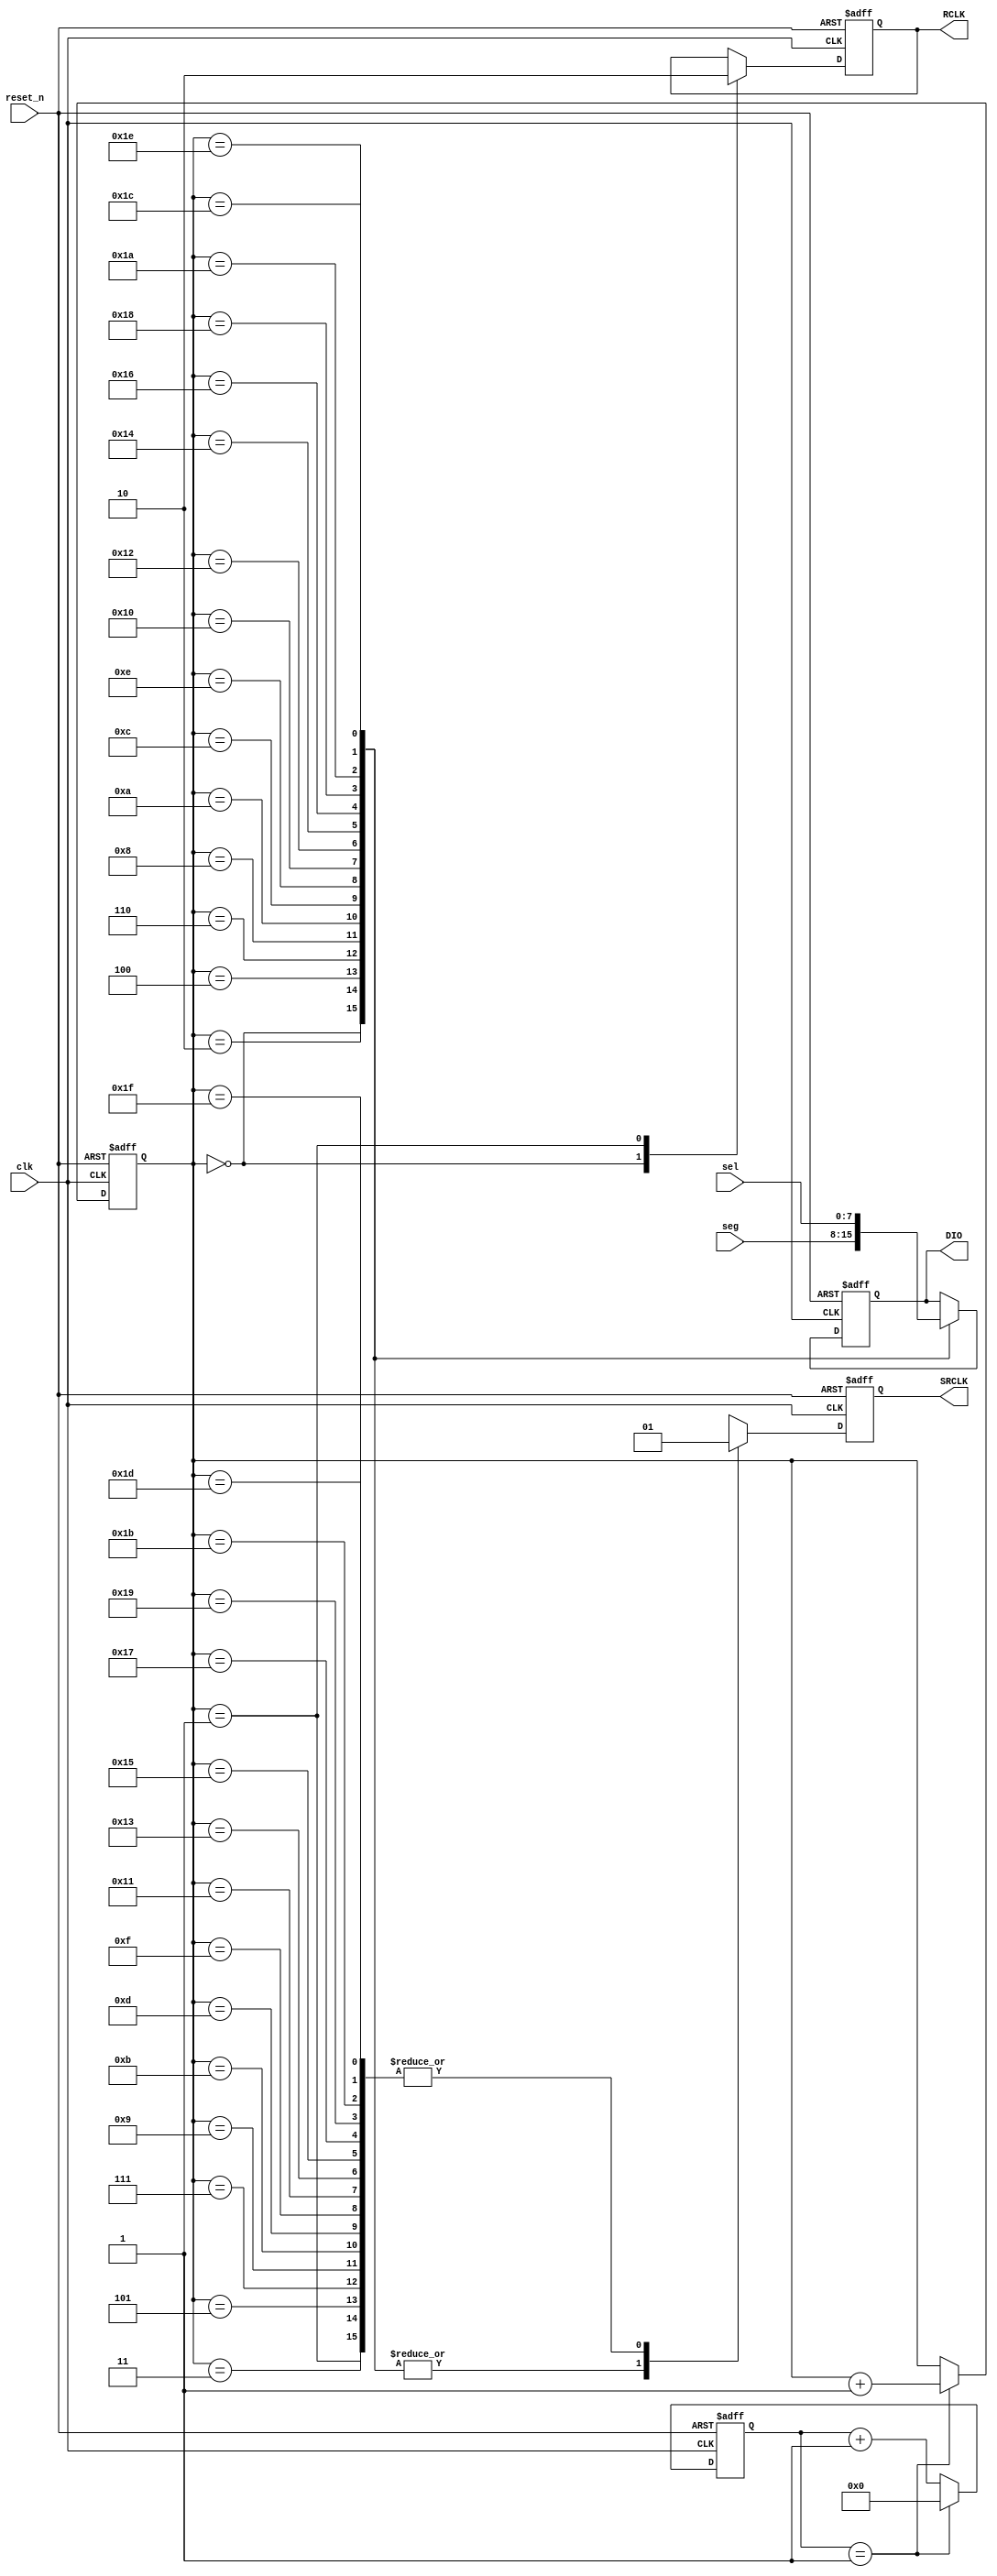
`timescale 1ns / 1ps
//////////////////////////////////////////////////////////////////////////////////
// Company: 
// Engineer: 
// 
// Design Name: 
// Module Name: hc595_driver
// Project Name: 
// Target Devices: 
// Tool Versions: 
// Description: 
// 
// Dependencies: 
// 
// Revision:
// Revision 0.01 - File Created
// Additional Comments:
// 
//////////////////////////////////////////////////////////////////////////////////



// 
//////////////////////////////////////////////////////////////////////////////////
module hc595_driver(
	clk,   
	reset_n,
	seg,
	sel,

	RCLK,
	SRCLK,
	DIO
);

	input clk;
	input reset_n;
	input [7:0] sel;
	input [7:0] seg;
	
	output reg RCLK;
	output reg SRCLK;
	output reg DIO;
	wire reset;
	assign reset=~reset_n;
	
	parameter CLOCK_FREQ = 50_000_000;
	parameter SRCLK_FREQ = 12_500_000;
	parameter MCNT = CLOCK_FREQ/(SRCLK_FREQ * 2 )-1;
	
	reg [29:0] divider_cnt;
	
//	
	always@(posedge clk or posedge reset)
	if(reset)
		divider_cnt <= 30'd0;
	else if(divider_cnt == MCNT)
		divider_cnt <= 30'd0;
	else
		divider_cnt <= divider_cnt + 1'b1;
	
    reg [4:0] cnt;
	always@(posedge clk or posedge reset)
	if(reset)
	   cnt <= 0;
    else if(divider_cnt == MCNT)
        cnt <= cnt + 1'd1;
	
    always@(posedge clk or posedge reset)
	if(reset) begin
	DIO<= 1'd0;
	SRCLK<=1'd0;
	RCLK <= 1'd0;
	end
	else begin
	   case(cnt)
	       0:begin DIO <= seg[7] ;SRCLK<=1'd0; RCLK <= 1'd1;end
	       1:begin SRCLK<=1'd1;RCLK <= 1'd0; end
	       2:begin DIO <= seg[6] ;SRCLK<=1'd0;end
	       3:begin SRCLK<=1'd1; end	
	       4:begin DIO <= seg[5] ;SRCLK<=1'd0;end
	       5:begin SRCLK<=1'd1; end	
	       6:begin DIO <= seg[4] ;SRCLK<=1'd0;end
	       7:begin SRCLK<=1'd1; end	
	       8:begin DIO <= seg[3] ;SRCLK<=1'd0;end
	       9:begin SRCLK<=1'd1; end	
	       10:begin DIO <= seg[2] ;SRCLK<=1'd0;end
	       11:begin SRCLK<=1'd1; end	
	       12:begin DIO <= seg[1] ;SRCLK<=1'd0;end
	       13:begin SRCLK<=1'd1; end	
	       14:begin DIO <= seg[0] ;SRCLK<=1'd0;end
	       15:begin SRCLK<=1'd1; end	
	       16:begin DIO <= sel[7] ;SRCLK<=1'd0;end
	       17:begin SRCLK<=1'd1; end	
	       18:begin DIO <= sel[6] ;SRCLK<=1'd0;end
	       19:begin SRCLK<=1'd1; end		
	       20:begin DIO <= sel[5] ;SRCLK<=1'd0;end
	       21:begin SRCLK<=1'd1; end		
	       22:begin DIO <= sel[4] ;SRCLK<=1'd0;end
	       23:begin SRCLK<=1'd1; end		
	       24:begin DIO <= sel[3] ;SRCLK<=1'd0;end
	       25:begin SRCLK<=1'd1; end		
	       26:begin DIO <= sel[2] ;SRCLK<=1'd0;end
	       27:begin SRCLK<=1'd1; end		
	       28:begin DIO <= sel[1] ;SRCLK<=1'd0;end
	       29:begin SRCLK<=1'd1; end	
	       30:begin DIO <= sel[0] ;SRCLK<=1'd0;end
	       31:begin SRCLK<=1'd1; end	
        endcase
        end

endmodule